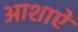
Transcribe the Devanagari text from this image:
आशाऐं